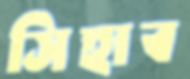
সিহাব